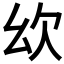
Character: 𣢄